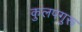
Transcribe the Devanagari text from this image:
कुलपगुरू